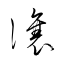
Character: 讓